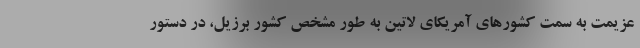
عزیمت به سمت کشورهای آمریکای لاتین به طور مشخص کشور برزیل، در دستور